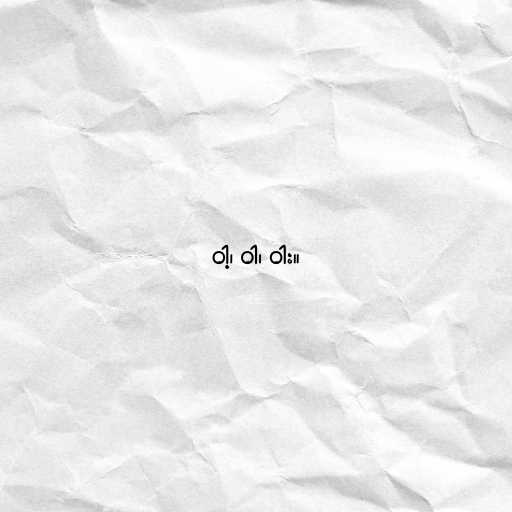
ဝါ့၊ ဝါ၊ ဝါး။